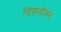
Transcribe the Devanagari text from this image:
मिसनोमर